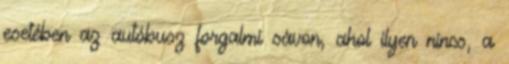
esetében az autóbusz forgalmi sávon, ahol ilyen nincs, a